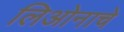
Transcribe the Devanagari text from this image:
लिओनाचे